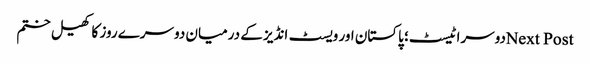
Next Postدوسرا ٹیسٹ؛ پاکستان اور ویسٹ انڈیز کے درمیان دوسرے روز کا کھیل ختم